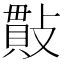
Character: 𢿒